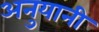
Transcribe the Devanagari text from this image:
अनुयानी